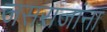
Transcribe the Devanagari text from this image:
जसराजांना